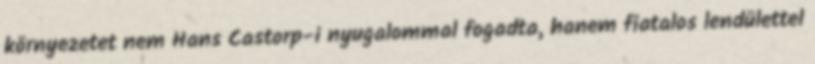
környezetet nem Hans Castorp-i nyugalommal fogadta, hanem fiatalos lendülettel